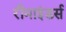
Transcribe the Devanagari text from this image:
रीमाइंडर्स